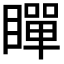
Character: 𭿞